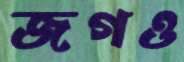
জগও